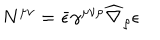
LaTeX: N ^ { \mu \nu } = \bar { \epsilon } \gamma ^ { \mu \nu \rho } \widehat \nabla _ { \rho } \epsilon